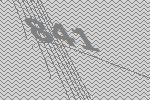
841